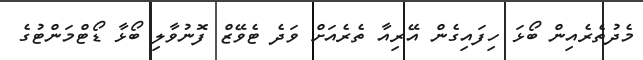
މެދުތެރެއިން ބޯޅަ ހިފައިގެން އޭރިއާ ތެރެއަށް ވަދެ ޓެވޭޒް ފޮނުވާލި ބޯޅާ ޑޯޓްމަންޓުގެ